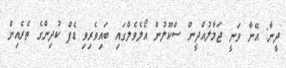
ދީނާ: އޭނާ ވަނީ ޖަމާލުއްދީން ސްކޫލުން އޯލެވެލްގައި ބައިވެރިވި ޑެފް ކުދިންގެ ތެރެއިން